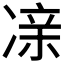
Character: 𫥔